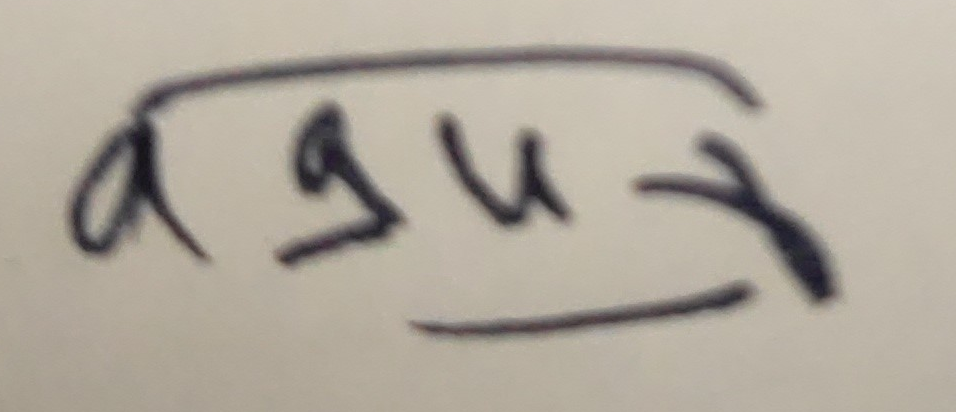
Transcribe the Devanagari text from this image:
अगुर